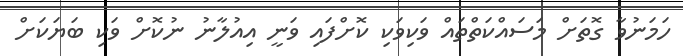
ހަމަނުވާ ގޮތަށް މަސައްކަތްތައް ވަކިވަކި ކޮށްފައި ވަނީ އިއުލާނު ނުކޮށް ވަކި ބަޔަކަށް